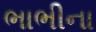
ભાભીના